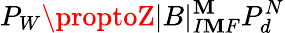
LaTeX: P_{W}\proptoZ|B|_{I\mathbf{M}F}^{\mathbf{M}}P_{d}^{N}